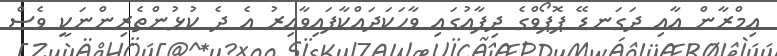
އިމްރާން އާއި ދަގަނޑޭ ޕޮޕޯވްގެ ދިފާއުގައި ވާހަކަދައްކާފައިވާއިރު އެ ދެ ކުޅުންތެރިންނަކީ ވެސް